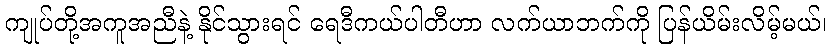
ကျုပ်တို့အကူအညီနဲ့ နိုင်သွားရင် ရေဒီကယ်ပါတီဟာ လက်ယာဘက်ကို ပြန်ယိမ်းလိမ့်မယ်၊